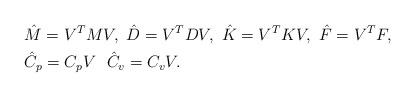
LaTeX: \begin{align*}& \hat{M}=V^{T}MV,\ \hat{D}=V^{T}DV,\ \hat{K}=V^{T}KV,\ \hat{F}=V^{T}F, \\ & \hat{C}_{p}=C_{p}V \ \ \hat{C}_{v}=C_{v}V.\end{align*}